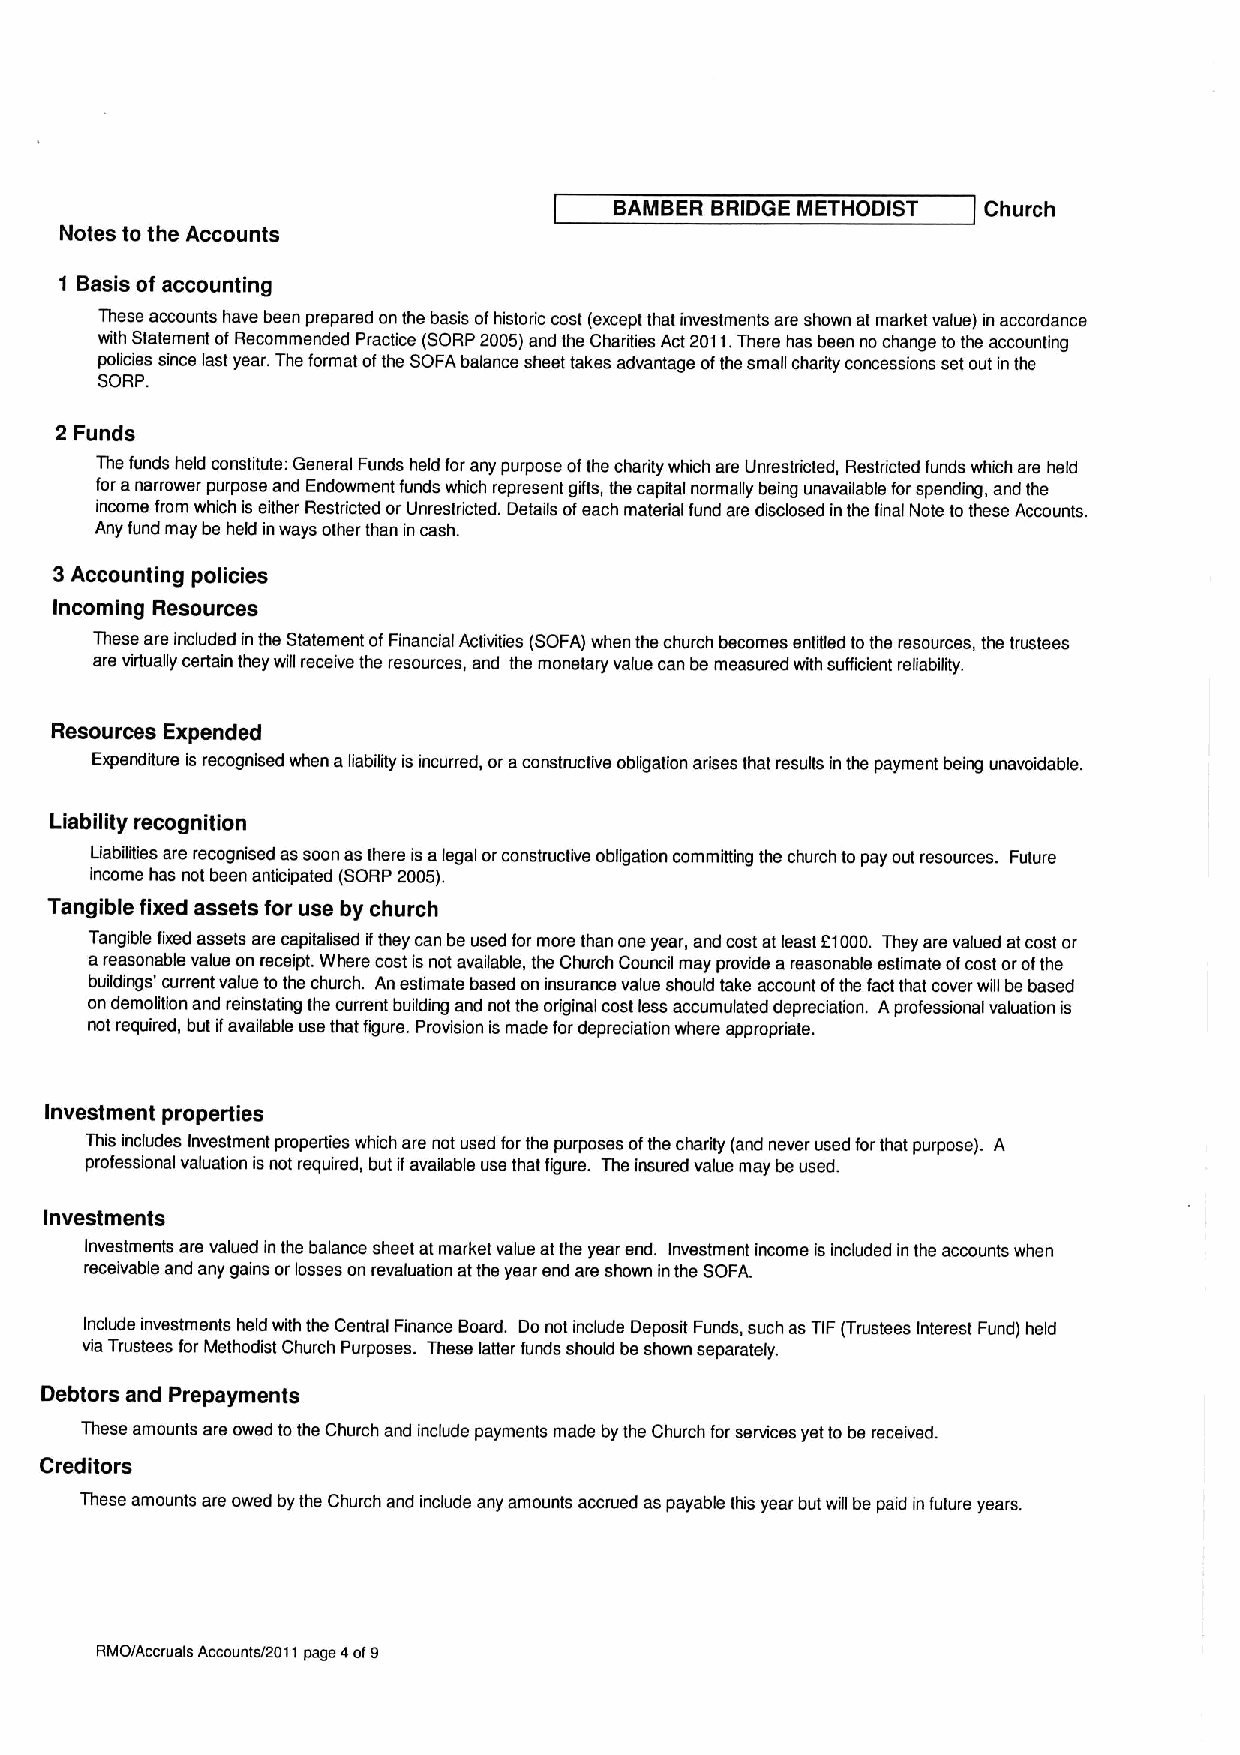
BAMBER BRIDGE METHODIST Church
 Notes to the Accounts
 f Basis of accounting
 These accounts have been prepared on the basis ofhistoric cost (except that investments are shown at market value) in accordance
 with Statement ofRecommended Practice (SORP2005)and the Charities Act2011.There has been no change to the accounting
 policies since last year. The format ofthe SOFAbalance sheet takes advantage ofthe small charity concessions set out in the
 SORP.
 2 Funds
 The funds held constitute: General Funds held for any purpose ofthe charity which are Unrestdicted, Restdicted funds which are held
 for anarrower purpose and Endowment funds which represent gifts, the capital normally being unavailable for spending, and the
 income from which is either Restricted or Unrestricted. Details ofeach material fund are disclosed in the final Note tothese Accounts.
 Any fund may be held inways other than in cash.
 3Accounting policies
 Incoming Resources
 These are included in the Statement ofFinancial Activities (SOFA) when the church becomes entitled tothe resources, the trustees
 are virtually certain they will receive the resources, and the monetary value can be measured with sufficient reliability.
 Resources Expended
 Expenditure is recognised when aliability is incurred, oraconstructive obligation arises that results in the payment being unavoidable.
 Liability recognition
 Liabilities are recognised as soon as there isalegal orconstructive obligation committing the church to pay out resources. Future
 income has not been anticipated (SORP 2005).
 Tangible fixed assets for use by church
 Tangible fixed assets are capitalised ifthey can be used for more than one year, and cost at least 21000. They are valued atcost or
 areasonable value on receipt. Where cost is not available, the Church Council may provide areasonable estimate ofcost orofthe
 buildings' current value to the church. An estimate based on insurance value should take account ofthe factthat cover will be based
 on demolition and reinstating the current building and not the original cost less accumulated depreciation. Aprofessional valuation is
 not required, but ifavailable use that figure. Provision is made for depreciation where appropriate.
 Investment properties
 This includes Investment properties which are not used for the purposes ofthe charity (and never used forthat purpose). A
 professional valuation isnot required, but ifavailable use that figure. The insured value may be used.
 Investments
 Investments are valued in the balance sheet at market value atthe year end. Investment income is included in the accounts when
 receivable and any gains or losses on revaluation atthe year end are shown inthe SOFA.
 Include investments held with the Central Finance Board. Do not include Deposit Funds, such as TIF(Trustees Interest Fund) held
 via Trustees for Methodist Church Purposes. These latter funds should be shown separately.
 Debtors and Prepayments
 These amounts are owed tothe Church and include payments made by the Church for services yet to be received.
 Creditors
 These amounts are owed by the Church and include any amounts accrued as payable this year but will be paid in future years.
 RMO/Accruala Accounts/2011 page 4of9